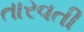
તારવતી